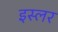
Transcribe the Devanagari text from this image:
इस्लर